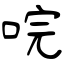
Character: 唍